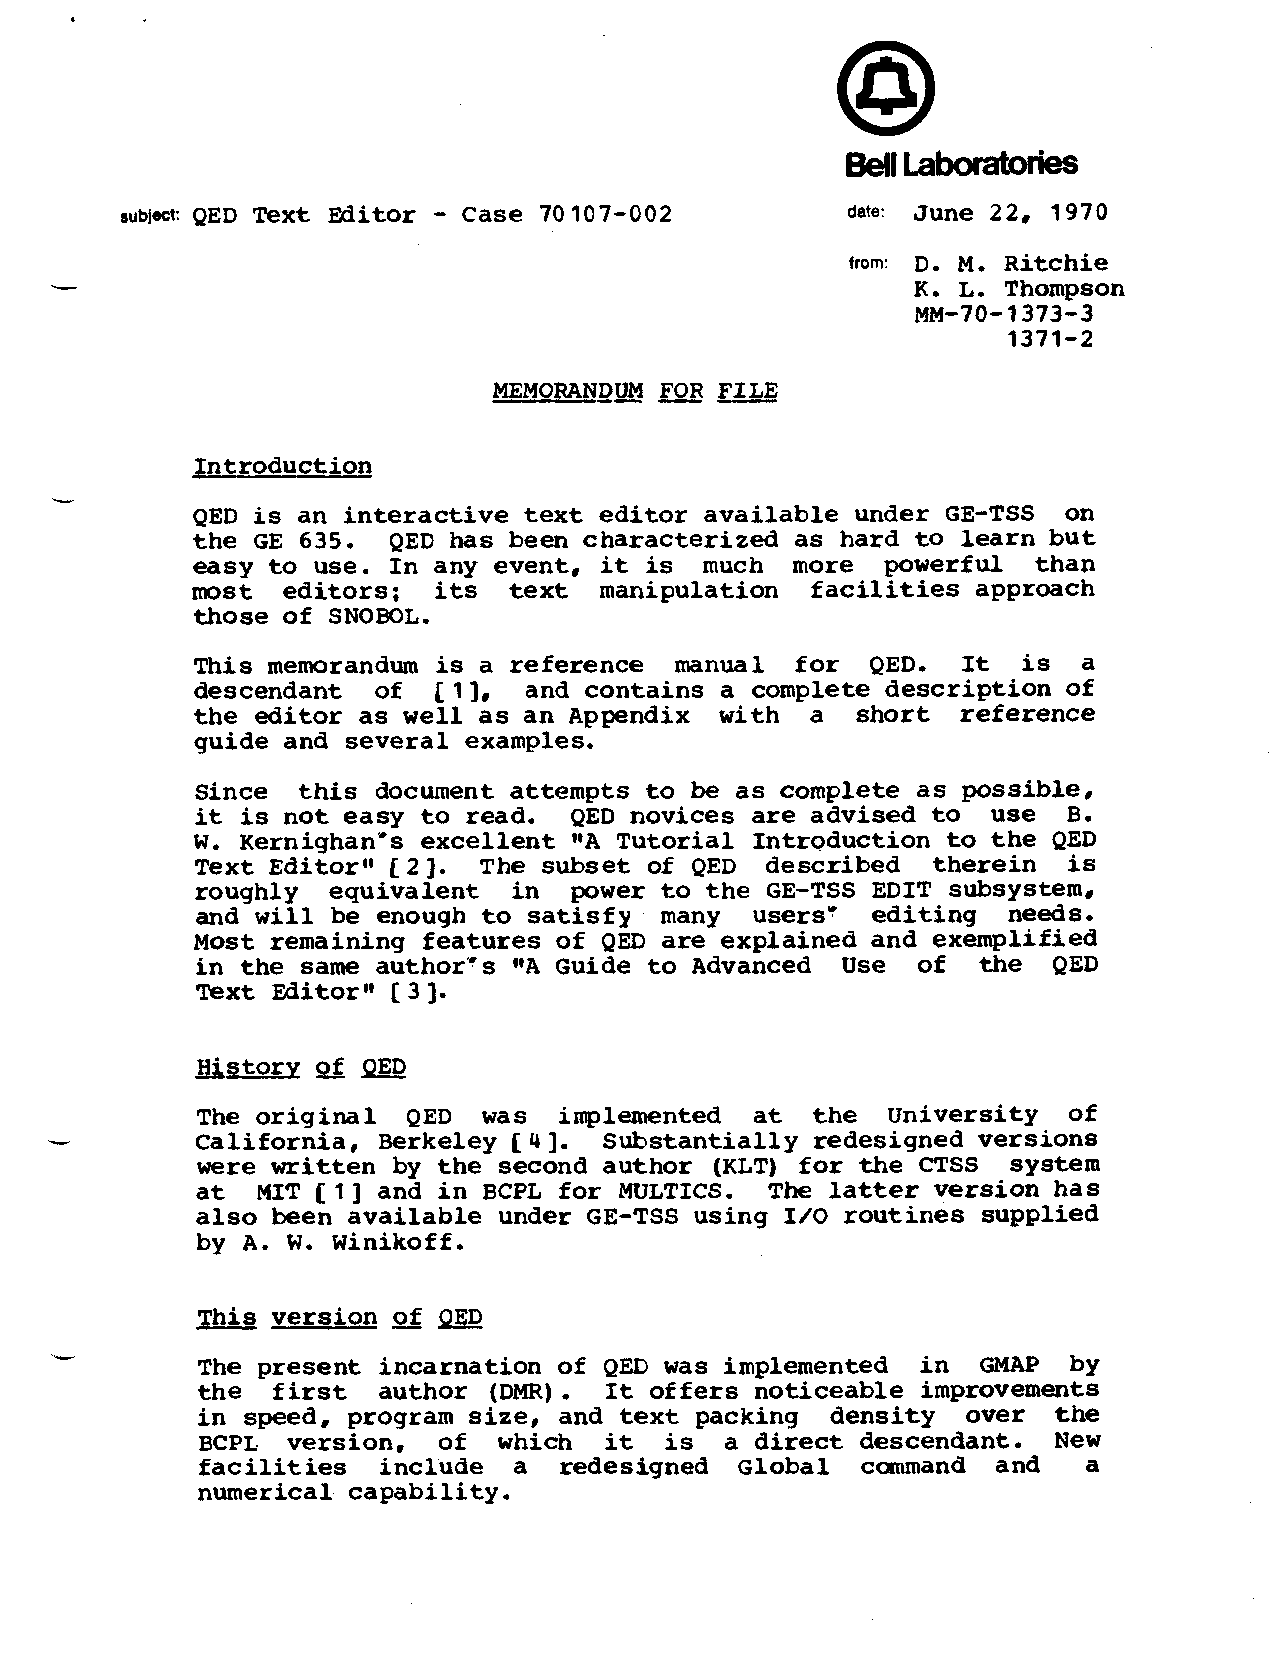
l
 @
 ~UblaQcE~D Text Editor - Case 70107-002         date:June 22, 1970
 from:D. M. Ritchie
 -
 K. L. Thompson
 MM-70-1373-3
 1371-2
 MEMORANQIJ —F—OR FILE
 Introduction
 QED is an interactive text editor available under GE-TSS on
 the GE 635.  QED has been characterized as hard to learn but
 easy to use. In any event, it is  much more  powerful  than
 most  editors;  its  text  manipulation  facilities approach
 those of SNOBOL.
 This memorandum is a reference  manual  for  QED.  It  is  a
 descendant  of  [1],  and contains a complete description of
 the editor as well as an Appendix  with  a  short  reference
 guide and several examples.
 Since  this document attempts to be as complete as possible,
 it is not easy to read.  QED novices are advised to  use  B.
 W. Kernighan”s excellent lCATutorial Introduction to the QED
 Text EditorOt[2].  The subset of QED  described  therein  is
 roughly  equivalent  in  power to the GE-TSS EDIT SUbSySteIIi,
 and will be enough to satisfy  many  users?  editing  needs.
 Most remaining features of QED are explained and exemplified
 in the same author--s “A Guide to Advanced Use  of  the  QED
 Text Editortt[3].
 The original  QED  was  implemented  at  the  University  of
 California, Berkeley [4].  Substantially redesigned versions
 were written by the second author (KLT) for the CTSS  system
 at  MIT [1] and in BCPL for MULTICS.  The latter version has
 also been available under GE-TSS using 1/0 routines supplied
 by A. W. Winikoff.
 This version ~  ~
 The present incarnation of QED was implemented  in  GMAP  by
 the  first  author (DMR).  It offers noticeable improvements
 in speed, program size, and text packing  density  over  the
 BCPL  version,  of  which  it  is  a direct descendant.  New
 facilities  include  a  redesigned  Global  command  and   a
 numerical capability.